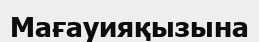
Мағауияқызына